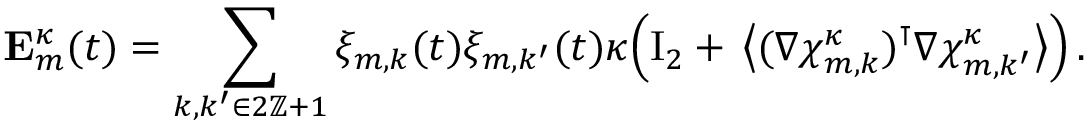
\mathbf { E } _ { m } ^ { \kappa } ( t ) = \sum _ { k , k ^ { \prime } \in 2 \ensuremath { \mathbb { Z } } + 1 } \xi _ { m , k } ( t ) \xi _ { m , k ^ { \prime } } ( t ) \kappa \Bigl ( \ensuremath { \mathrm { I } _ { 2 } } + \, \bigl \langle ( \nabla { \boldsymbol { \chi } } _ { m , k } ^ { \kappa } ) ^ { \intercal } \nabla { \boldsymbol { \chi } } _ { m , k ^ { \prime } } ^ { \kappa } \bigr \rangle \Bigr ) \, .